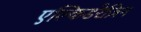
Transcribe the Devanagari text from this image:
एल्किडरेज़िन